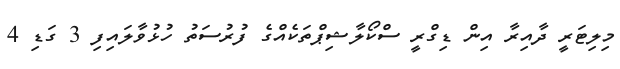
މިލިޓަރީ ދާއިރާ އިން ޑިގްރީ ސްކޯލާޝިޕްތަކެއްގެ ފުރުސަތު ހުޅުވާލައިފި 3 ގަޑި 4